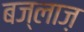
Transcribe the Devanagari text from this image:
बज्लाज़